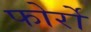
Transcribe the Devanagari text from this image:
फोर्रो